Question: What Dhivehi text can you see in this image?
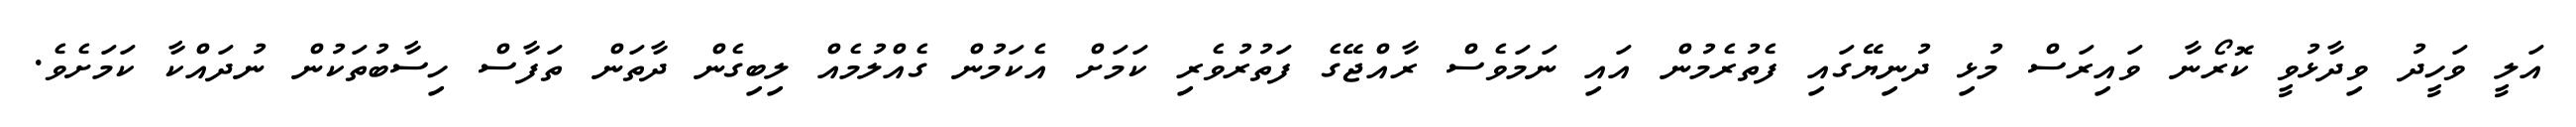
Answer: އަލީ ވަހީދު ވިދާޅުވީ ކޮރޯނާ ވައިރަސް މުޅި ދުނިޔޭގައި ފެތުރެމުން އައި ނަމަވެސް ރާއްޖޭގެ ފަތުރުވެރި ކަމަށް އެކަމުން ގެއްލުމެއް ލިބިގެން ދާތަން ތަފާސް ހިސާބުތަކުން ނުދައްކާ ކަމަށެވެ.